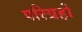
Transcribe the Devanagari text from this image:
परिग्रहों